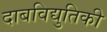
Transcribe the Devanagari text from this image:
दाबविद्युतिकी